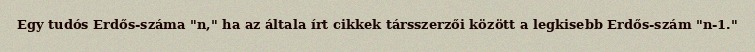
Egy tudós Erdős-száma "n," ha az általa írt cikkek társszerzői között a legkisebb Erdős-szám "n-1."